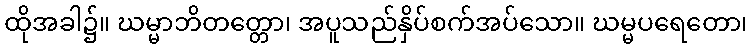
ထိုအခါ၌။ ဃမ္မာဘိတတ္တော၊ အပူသည်နှိပ်စက်အပ်သော။ ဃမ္မပရေတော၊